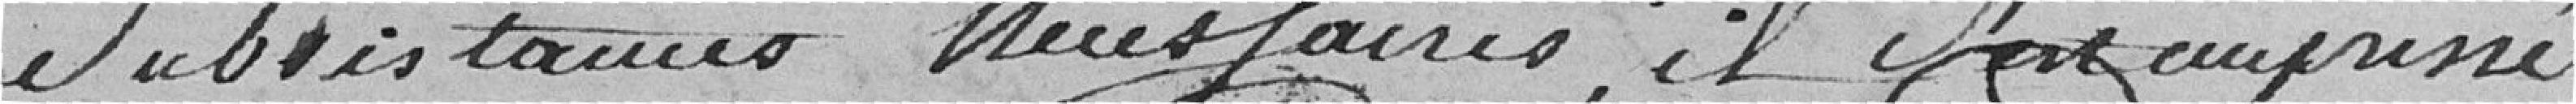
subsistances nécessaires, il s'est empressé